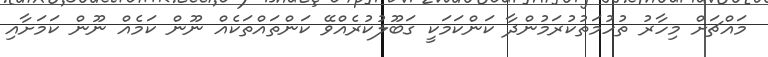
މައްޗަށް މިހާރު ތުހުމަތުކުރަމުންދާ ކަންކަމަކީ ގަބޫލުކުރެއްވޭ ކަންތައްތަކެއް ނޫން ކަމެއް ނޫން ކަމަށާއި